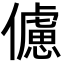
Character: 儢